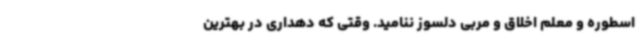
اسطوره و معلم اخلاق و مربی دلسوز ننامید. وقتی که دهداری در بهترین